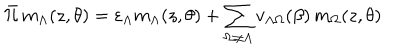
LaTeX: \bar { \cal { H } } \, m _ { \Lambda } ( z , \theta ) = \varepsilon _ { \Lambda } m _ { \Lambda } ( z , \theta ) + \sum _ { \Omega \neq \Lambda } v _ { \Lambda \Omega } ( \beta ) \, m _ { \Omega } ( z , \theta )